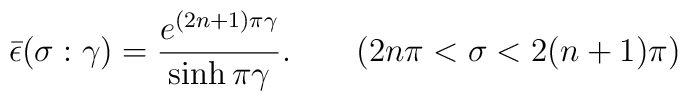
\bar{\epsilon }(\sigma:\gamma)=\frac{e^{(2n+1)\pi\gamma }}{\sinh\pi\gamma }. \qquad (2n\pi<\sigma<2(n+1)\pi)